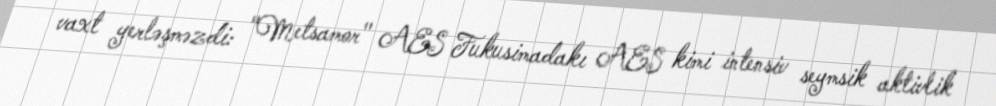
vaxt yerləşməzdi: "Metsamor" AES Fukusimadakı AES kimi intensiv seymsik aktivlik